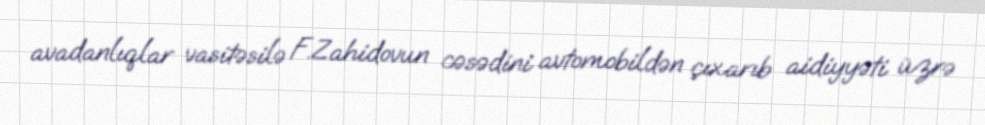
avadanlıqlar vasitəsilə F.Zahidovun cəsədini avtomobildən çıxarıb aidiyyəti üzrə